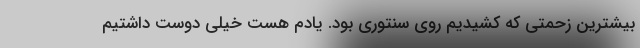
بیشترین زحمتی که کشیدیم روی سنتوری بود. یادم هست خیلی دوست داشتیم